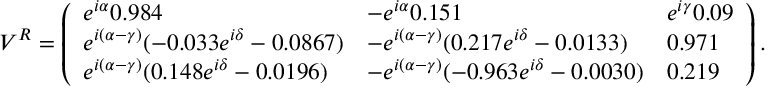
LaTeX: V ^ { R } = \left( \begin{array} { l l l } { { e ^ { i \alpha } 0 . 9 8 4 } } & { { - e ^ { i \alpha } 0 . 1 5 1 } } & { { e ^ { i \gamma } 0 . 0 9 } } \\ { { e ^ { i ( \alpha - \gamma ) } ( - 0 . 0 3 3 e ^ { i \delta } - 0 . 0 8 6 7 ) } } & { { - e ^ { i ( \alpha - \gamma ) } ( 0 . 2 1 7 e ^ { i \delta } - 0 . 0 1 3 3 ) } } & { { 0 . 9 7 1 } } \\ { { e ^ { i ( \alpha - \gamma ) } ( 0 . 1 4 8 e ^ { i \delta } - 0 . 0 1 9 6 ) } } & { { - e ^ { i ( \alpha - \gamma ) } ( - 0 . 9 6 3 e ^ { i \delta } - 0 . 0 0 3 0 ) } } & { { 0 . 2 1 9 } } \end{array} \right) .